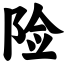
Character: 险